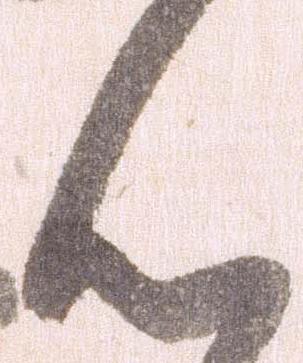
ん